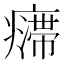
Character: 𱱣